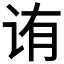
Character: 𬣩